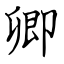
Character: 卿